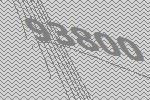
93800